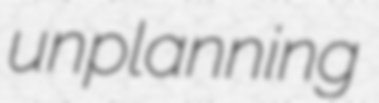
unplanning